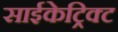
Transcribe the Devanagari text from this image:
साईकेट्रिक्ट